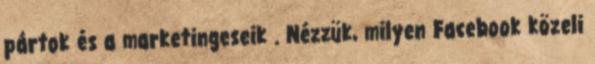
pártok és a marketingeseik . Nézzük, milyen Facebook közeli